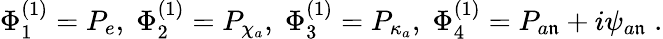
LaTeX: \Phi_{1}^{(1)}=P_{e},\; \Phi_{2}^{(1)}=P_{\chi_{a}},\; \Phi_{3}^{(1)}=P_{\kappa_{a}},\; \Phi_{4}^{(1)}=P_{a\mathfrak{n}}+i\psi_{a\mathfrak{n}}\; .